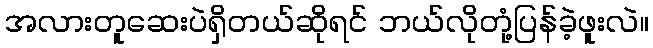
အလားတူဆေးပဲရှိတယ်ဆိုရင် ဘယ်လိုတုံ့ပြန်ခဲ့ဖူးလဲ။